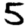
Digit: 5